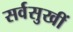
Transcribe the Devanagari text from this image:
सर्वसुखीं